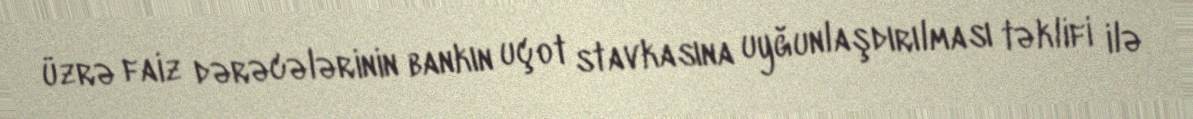
üzrə faiz dərəcələrinin bankın uçot stavkasına uyğunlaşdırılması təklifi ilə